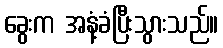
ခွေးက အနံ့ခံပြီးသွားသည်။